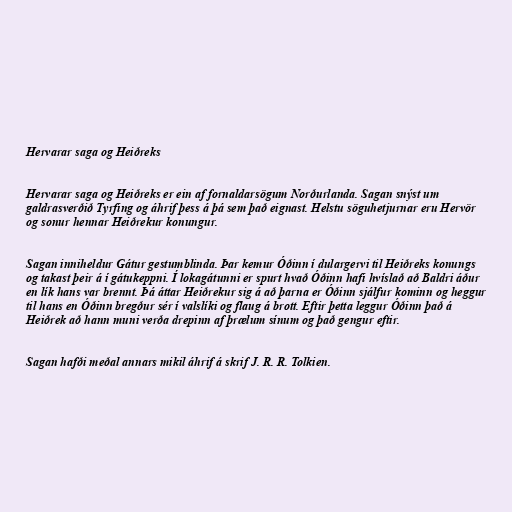
Hervarar saga og Heiðreks

Hervarar saga og Heiðreks er ein af fornaldarsögum Norðurlanda. Sagan snýst um
galdrasverðið Tyrfing og áhrif þess á þá sem það eignast. Helstu söguhetjurnar eru Hervör
og sonur hennar Heiðrekur konungur.

Sagan inniheldur Gátur gestumblinda. Þar kemur Óðinn í dulargervi til Heiðreks konungs
og takast þeir á í gátukeppni. Í lokagátunni er spurt hvað Óðinn hafi hvíslað að Baldri áður
en lík hans var brennt. Þá áttar Heiðrekur sig á að þarna er Óðinn sjálfur kominn og heggur
til hans en Óðinn bregður sér í valslíki og flaug á brott. Eftir þetta leggur Óðinn það á
Heiðrek að hann muni verða drepinn af þrælum sínum og það gengur eftir.

Sagan hafði meðal annars mikil áhrif á skrif J. R. R. Tolkien.